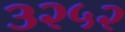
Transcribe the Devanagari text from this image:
३२५२